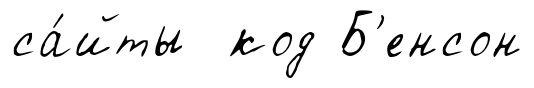
са́йты код Б'енсон